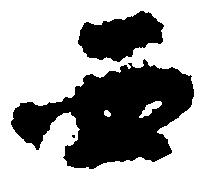
西